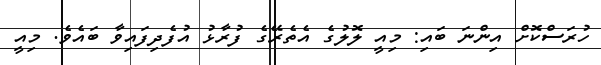
ހުރަސްކޮށް އިންނަ ބައި: މިއީ ލޮލުގެ އެތެރޭގެ ފުރާޅު އުފެދިފައިވާ ބައެވެ. މިއީ